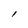
Character: l